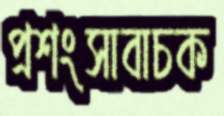
প্রশংসাবাচক